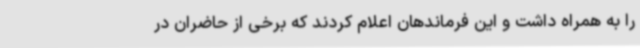
را به همراه داشت و این فرماندهان اعلام کردند که برخی از حاضران در